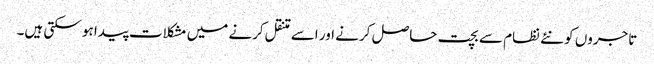
تاجروں کو نئے نظام سے بچت حاصل کرنے اور اسے متنقل کرنے میں مشکلات پیدا ہو سکتی ہیں۔